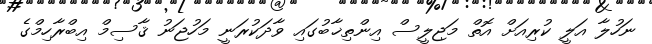
ނަހުލާ އަލީ ކުރިއަށް އޮތް މަޖިލީސް އިންތިޚާބުގައި ވާދަކުރަނީ މަހުޖަނު ޤާސިމް އިބްރާހިމްގެ